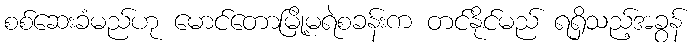
စစ်ဆေးခံမည်ဟု မောင်တောမြို့မရဲစခန်းက တင်နိုင်မည် ရရှိသည့်အခွန်